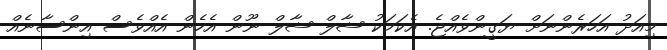
މިއަދު އަހަރެންނަށް ޔަގީންވެއްޖެ. އެކަމަކު ޝާލް ޝާލް ނޫން އެހެން އެއްވެސް އިންސާނެއް